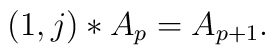
\left( 1,j\right) \ast A_{p}=A_{p+1}.